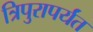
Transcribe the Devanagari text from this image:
त्रिपुरापर्यंत